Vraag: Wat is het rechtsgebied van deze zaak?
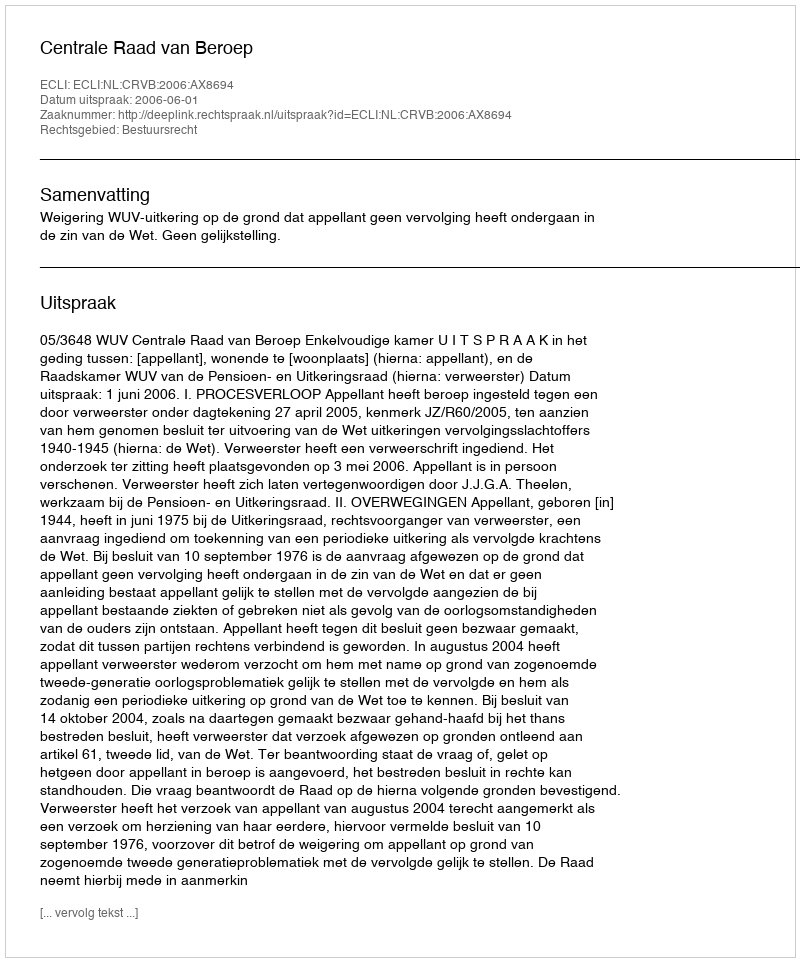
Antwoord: Bestuursrecht